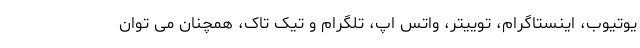
یوتیوب، اینستاگرام، توییتر، واتس اپ، تلگرام و تیک تاک، همچنان می توان